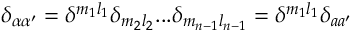
\delta _ { \alpha \alpha ^ { \prime } } = \delta ^ { m _ { 1 } l _ { 1 } } \delta _ { m _ { 2 } l _ { 2 } } . . . \delta _ { m _ { n - 1 } l _ { n - 1 } } = \delta ^ { m _ { 1 } l _ { 1 } } \delta _ { a a ^ { \prime } }